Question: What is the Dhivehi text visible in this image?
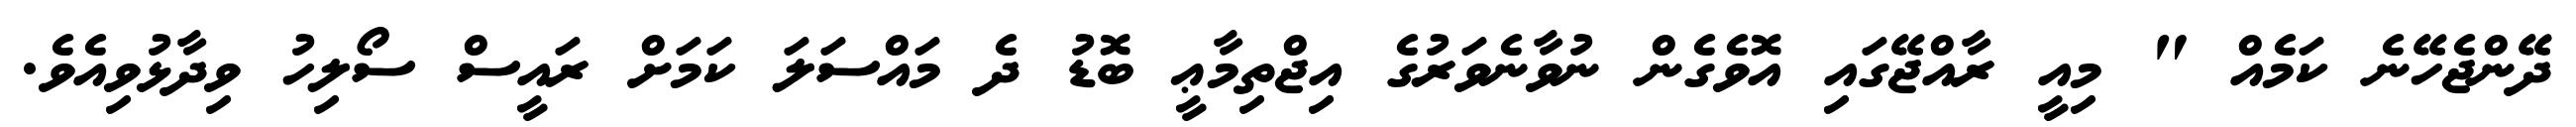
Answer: ދޭންޖެހޭނެ ކަމެއް " މިއީ ރާއްޖޭގައި އޮވެގެން ނުވާނެވަރުގެ އިޖްތިމާޢީ ބޮޑު ދެ މައްސަލަ ކަމަށް ރައީސް ސޯލިހު ވިދާޅުވިއެވެ.